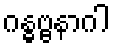
ဂန္ဓဗ္ဗနာဂါ